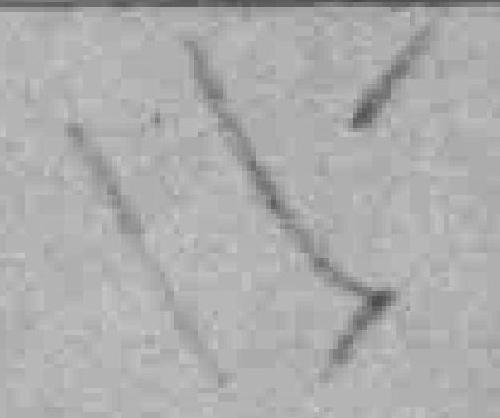
15